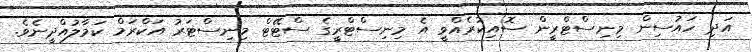
އަދި ހައުސިން މިނިސްޓްރީން ސޮއިކުރެއްވީ އެ މިނިސްޓްރީގެ ސްޓޭޓް މިނިސްޓަރު އަކްރަމް ކަމާލުއްދީނެވެ.